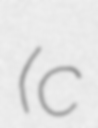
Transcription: (c